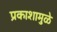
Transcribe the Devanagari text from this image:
प्रकाशामुळे